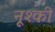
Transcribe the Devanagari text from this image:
नूश्की